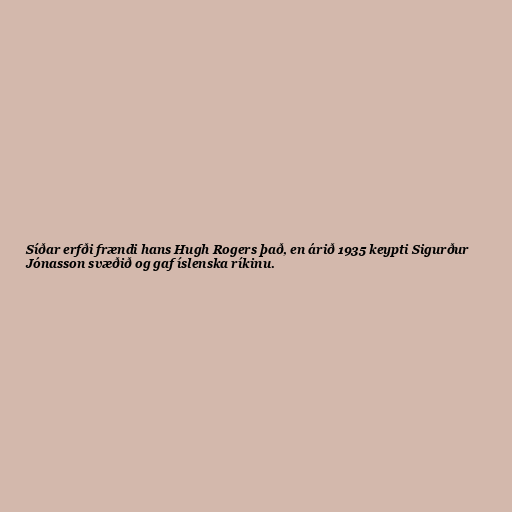
Síðar erfði frændi hans Hugh Rogers það, en árið 1935 keypti Sigurður
Jónasson svæðið og gaf íslenska ríkinu.